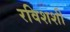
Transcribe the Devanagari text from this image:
रविशशी